Mental hospitals Bombay report 1929-33 - 1929-1933
Year: 1929
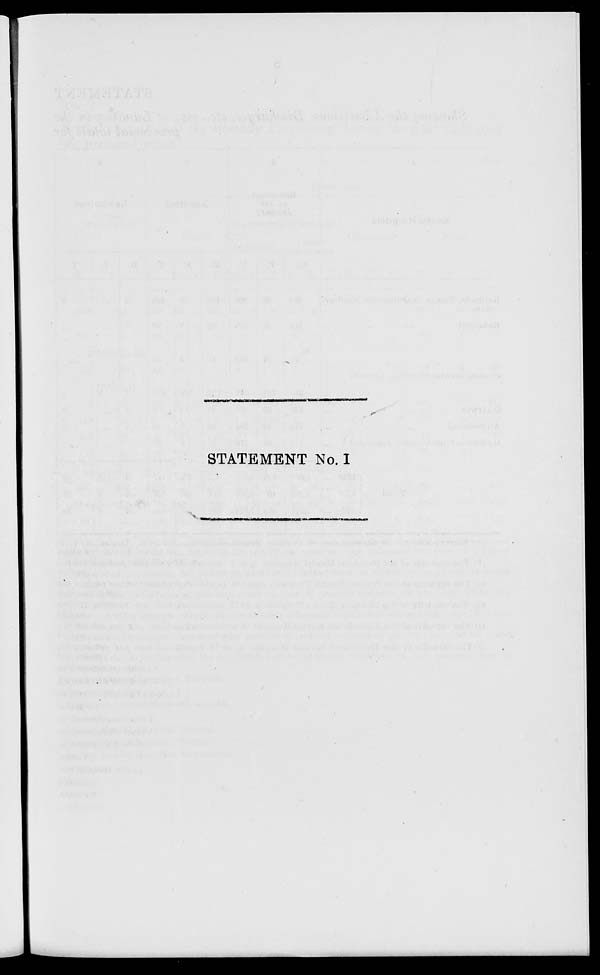
STATEMENT No. I